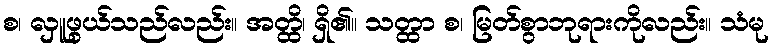
စ၊ လှူဖွယ်သည်လည်း။ အတ္ထိ၊ ရှိ၏။ သတ္ထာ စ၊ မြတ်စွာဘုရားကိုလည်း။ သံမု